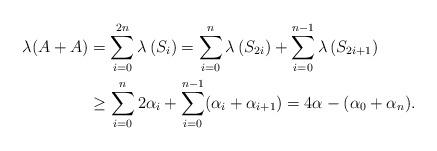
LaTeX: \begin{align*}\lambda(A+A)&= \sum_{i=0}^{2n}\lambda\left(S_i\right) = \sum_{i=0}^{n}\lambda\left(S_{2i}\right)+\sum_{i=0}^{n-1}\lambda\left(S_{2i+1}\right)\\&\geq \sum_{i=0}^{n}2\alpha_i+\sum_{i=0}^{n-1}(\alpha_i+\alpha_{i+1})=4\alpha-(\alpha_0+\alpha_n).\end{align*}